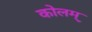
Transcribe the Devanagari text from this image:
कोलम्